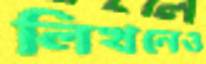
লিখনেও